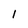
Character: 1